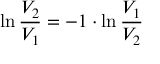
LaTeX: \ln { \frac { V _ { 2 } } { V _ { 1 } } } = - 1 \cdot \ln { \frac { V _ { 1 } } { V _ { 2 } } }